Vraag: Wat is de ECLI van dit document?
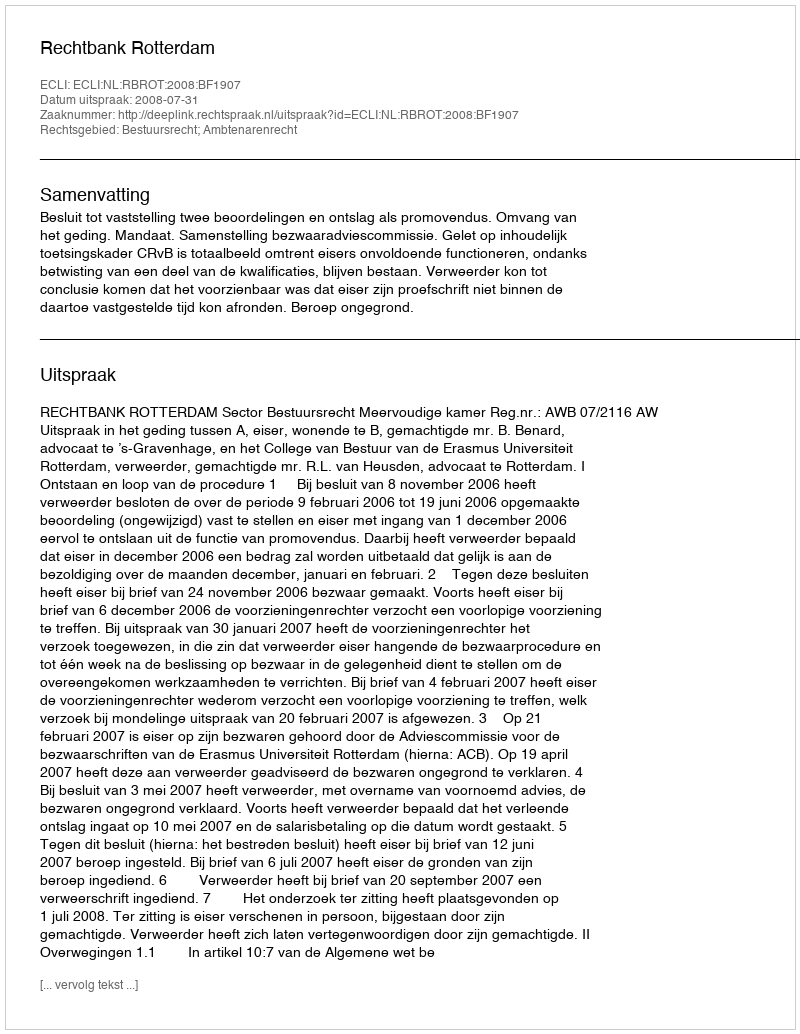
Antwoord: ECLI:NL:RBROT:2008:BF1907